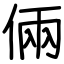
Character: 倆